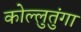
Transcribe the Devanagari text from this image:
कोल्लुतुंगा